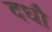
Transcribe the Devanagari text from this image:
दधौ